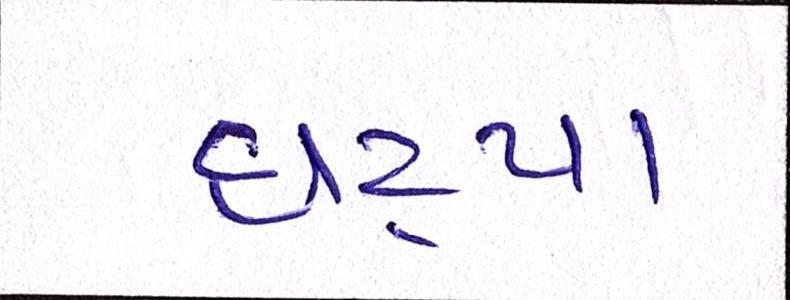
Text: ઘટ્યા